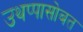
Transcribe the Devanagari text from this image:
उथप्पासोबत